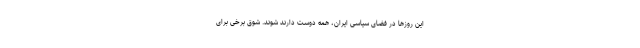
این روزها در فضای سیاسی ایران، همه دوست دارند شوند. شوق برخی برای